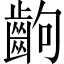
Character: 齣